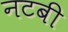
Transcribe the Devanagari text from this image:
नटबी